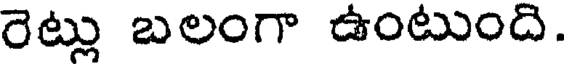
రెట్లు బలంగా ఉంటుంది.